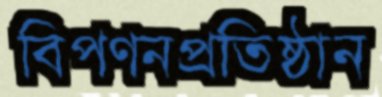
বিপণনপ্রতিষ্ঠান